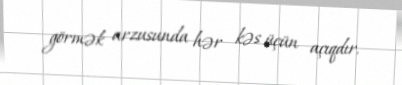
görmək arzusunda hər kəs üçün açıqdır.